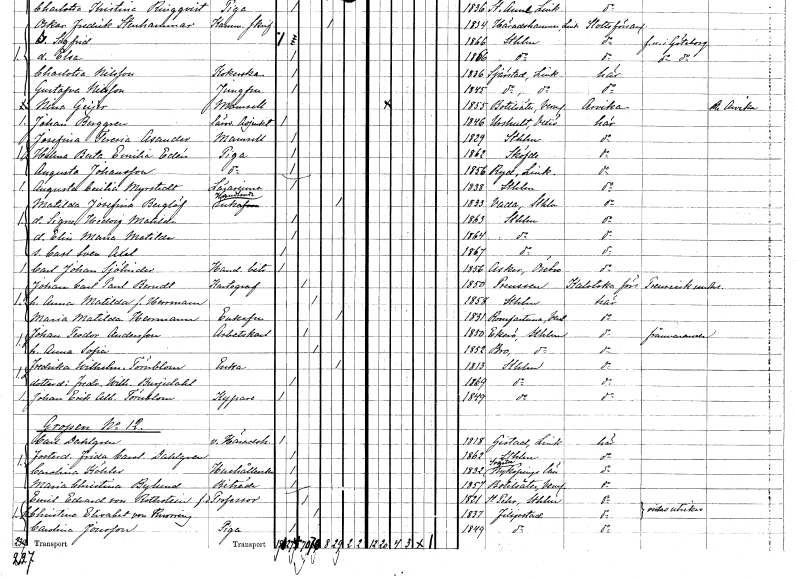
gt_parse: households: individuals: FN: Josefina Teresia
EN: Asander
KON: K
CIV: O
FODAR: 1829
FODFORS: Stockholm
FN: Helena Berta Emilia
EN: Edén
YRKE: Piga
KON: K
CIV: O
FODAR: 1862
FODFORS: Skövde Skaraborgs län
FN: Augusta
EN: Johansson
YRKE: Piga
KON: K
CIV: O
FODAR: 1856
FODFORS: Östra Ryd Östergötlands län
FN: Augusta Cecilia
EN: Myrstedt
YRKE: Lärarinna
KON: K
CIV: O
FODAR: 1838
FODFORS: Stockholm
FN: Matilda Josefina
EN: Berglöf
YRKE: Handlandeänka
KON: K
CIV: E
FODAR: 1833
FODFORS: Vada Stockholms län
FN: Signe Hedvig Matilda
KON: K
CIV: O
FODAR: 1863
FODFORS: Stockholm
FN: Elin Maria Matilda
KON: K
CIV: O
FODAR: 1864
FODFORS: Stockholm
FN: Carl Sven Axel
KON: M
CIV: O
FODAR: 1867
FODFORS: Stockholm
FN: Carl Johan
EN: Sjölinder
YRKE: Handelsbiträde
KON: M
CIV: O
FODAR: 1856
FODFORS: Asker Örebro län
FN: Johan Carl Paul
EN: Berndt
YRKE: Kartograf
KON: M
CIV: G
FODAR: 1850
FN: Anna Matilda
EN: Herrmann
KON: K
CIV: G
FODAR: 1858
FODFORS: Stockholm
FN: Maria Matilda
EN: Herrmann
KON: K
CIV: E
FODAR: 1831
FODFORS: Romfartuna Västmanlands län
FN: Johan Teodor
EN: Andersson
YRKE: Arbetskarl
KON: M
CIV: G
FODAR: 1850
FODFORS: Ekerö Stockholms län
FN: Anna Sofia
KON: K
CIV: G
FODAR: 1852
FODFORS: Bro Stockholms län
FN: Fredrika Wilhelmina
EN: Törnblom
YRKE: Änka
KON: K
CIV: E
FODAR: 1813
FODFORS: Stockholm
FN: Fredrika Wilhelmina
EN: Burjedahl
KON: K
CIV: O
FODAR: 1869
FODFORS: Stockholm
FN: Johan Erik Albert
EN: Törnblom
YRKE: Kypare
KON: M
CIV: O
FODAR: 1849
FODFORS: Stockholm
FN: Carl
EN: Dahlgren
YRKE: Häradshövding vice
KON: M
CIV: O
FODAR: 1818
FODFORS: Gistad Östergötlands län
FN: Frida Carolina
EN: Dahlgren
KON: K
CIV: O
FODAR: 1862
FODFORS: Stockholm
FN: Carolina
EN: Köhler
YRKE: Hushållerska
KON: K
CIV: O
FODAR: 1832
FODFORS: Svärta Södermanlands län
FN: Maria Christina
EN: Bylund
YRKE: Biträde
KON: K
CIV: O
FODAR: 1857
FODFORS: Botilsäter Värmlands län
FN: Emil Edvard
EN: von Rothstein
YRKE: Professor f.d.
KON: M
CIV: G
FODAR: 1821
FODFORS: Sankt Per Sigtuna Stockholms län
FN: Christina Elisabet
EN: von Knorring
KON: K
CIV: G
FODAR: 1837
FODFORS: Filipstad Värmlands län
FN: Carolina
EN: Jonsson
YRKE: Piga
KON: K
CIV: O
FODAR: 1849
FODFORS: Filipstad Värmlands län